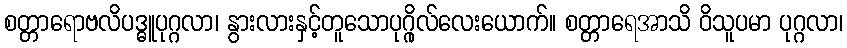
စတ္တာရောဗလိပဒ္ဓူပုဂ္ဂလာ၊ နွားလားနှင့်တူသောပုဂ္ဂိုလ်လေးယောက်။ စတ္တာရေအာသိ ဝိသူပမာ ပုဂ္ဂလာ၊